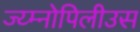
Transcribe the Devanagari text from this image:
ज्य्म्नोपिलीउस